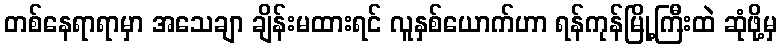
တစ်နေရာရာမှာ အသေချာ ချိန်းမထားရင် လူနှစ်ယောက်ဟာ ရန်ကုန်မြို့ကြီးထဲ ဆုံဖို့မှ